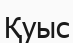
Қуыс